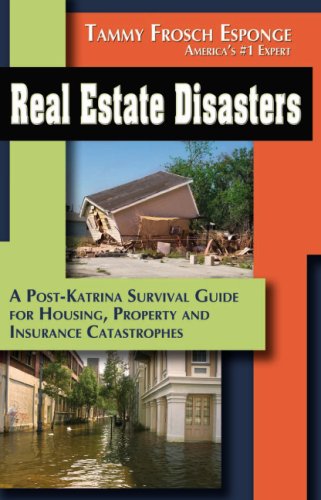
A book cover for Real Estate Disasters: A Post Katrina Survival Guide for; Tammy Frosch Esponge; Business & Money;